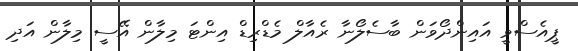
ޕީއެސްވީ އައިންދޯވަން ބާސެލޯނާ ރެއާލް މެޑްރިޑް އިންޓަ މިލާން އޭސީ މިލާން އަދި